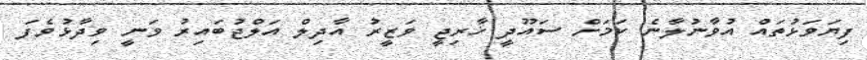
ފިޔަވަޅުތައް އުވާނުލާނެ ކަމަށް ސައޫދީ ޚާރިޖީ ވަޒީރު އާދިލް އަލްޖުބައިރު ވަނީ ވިދާޅުވެފަ